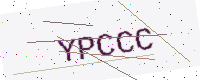
Text: YPCCC